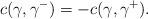
LaTeX: \begin{align*} c(\gamma,\gamma^-)=-c(\gamma,\gamma^+).\end{align*}